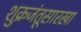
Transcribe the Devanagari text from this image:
शुक्रजंतूसारखा